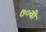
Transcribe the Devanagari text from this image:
७०वीं